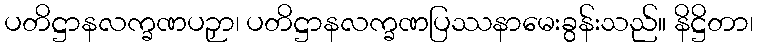
ပတိဋ္ဌာနလက္ခဏပဉှာ၊ ပတိဋ္ဌာနလက္ခဏပြဿနာမေးခွန်းသည်။ နိဋ္ဌိတာ၊